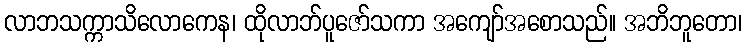
လာဘသက္ကာသိလောကေန၊ ထိုလာဘ်ပူဇော်သကာ အကျော်အစောသည်။ အဘိဘူတော၊